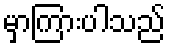
မှာကြားပါသည်